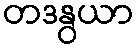
တဒနွယာ